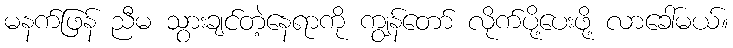
မနက်ဖြန် ညီမ သွားချင်တဲ့နေရာကို ကျွန်တော် လိုက်ပို့ပေးဖို့ လာခေါ်မယ်။